Trukikaitis_Postimees, lk 38
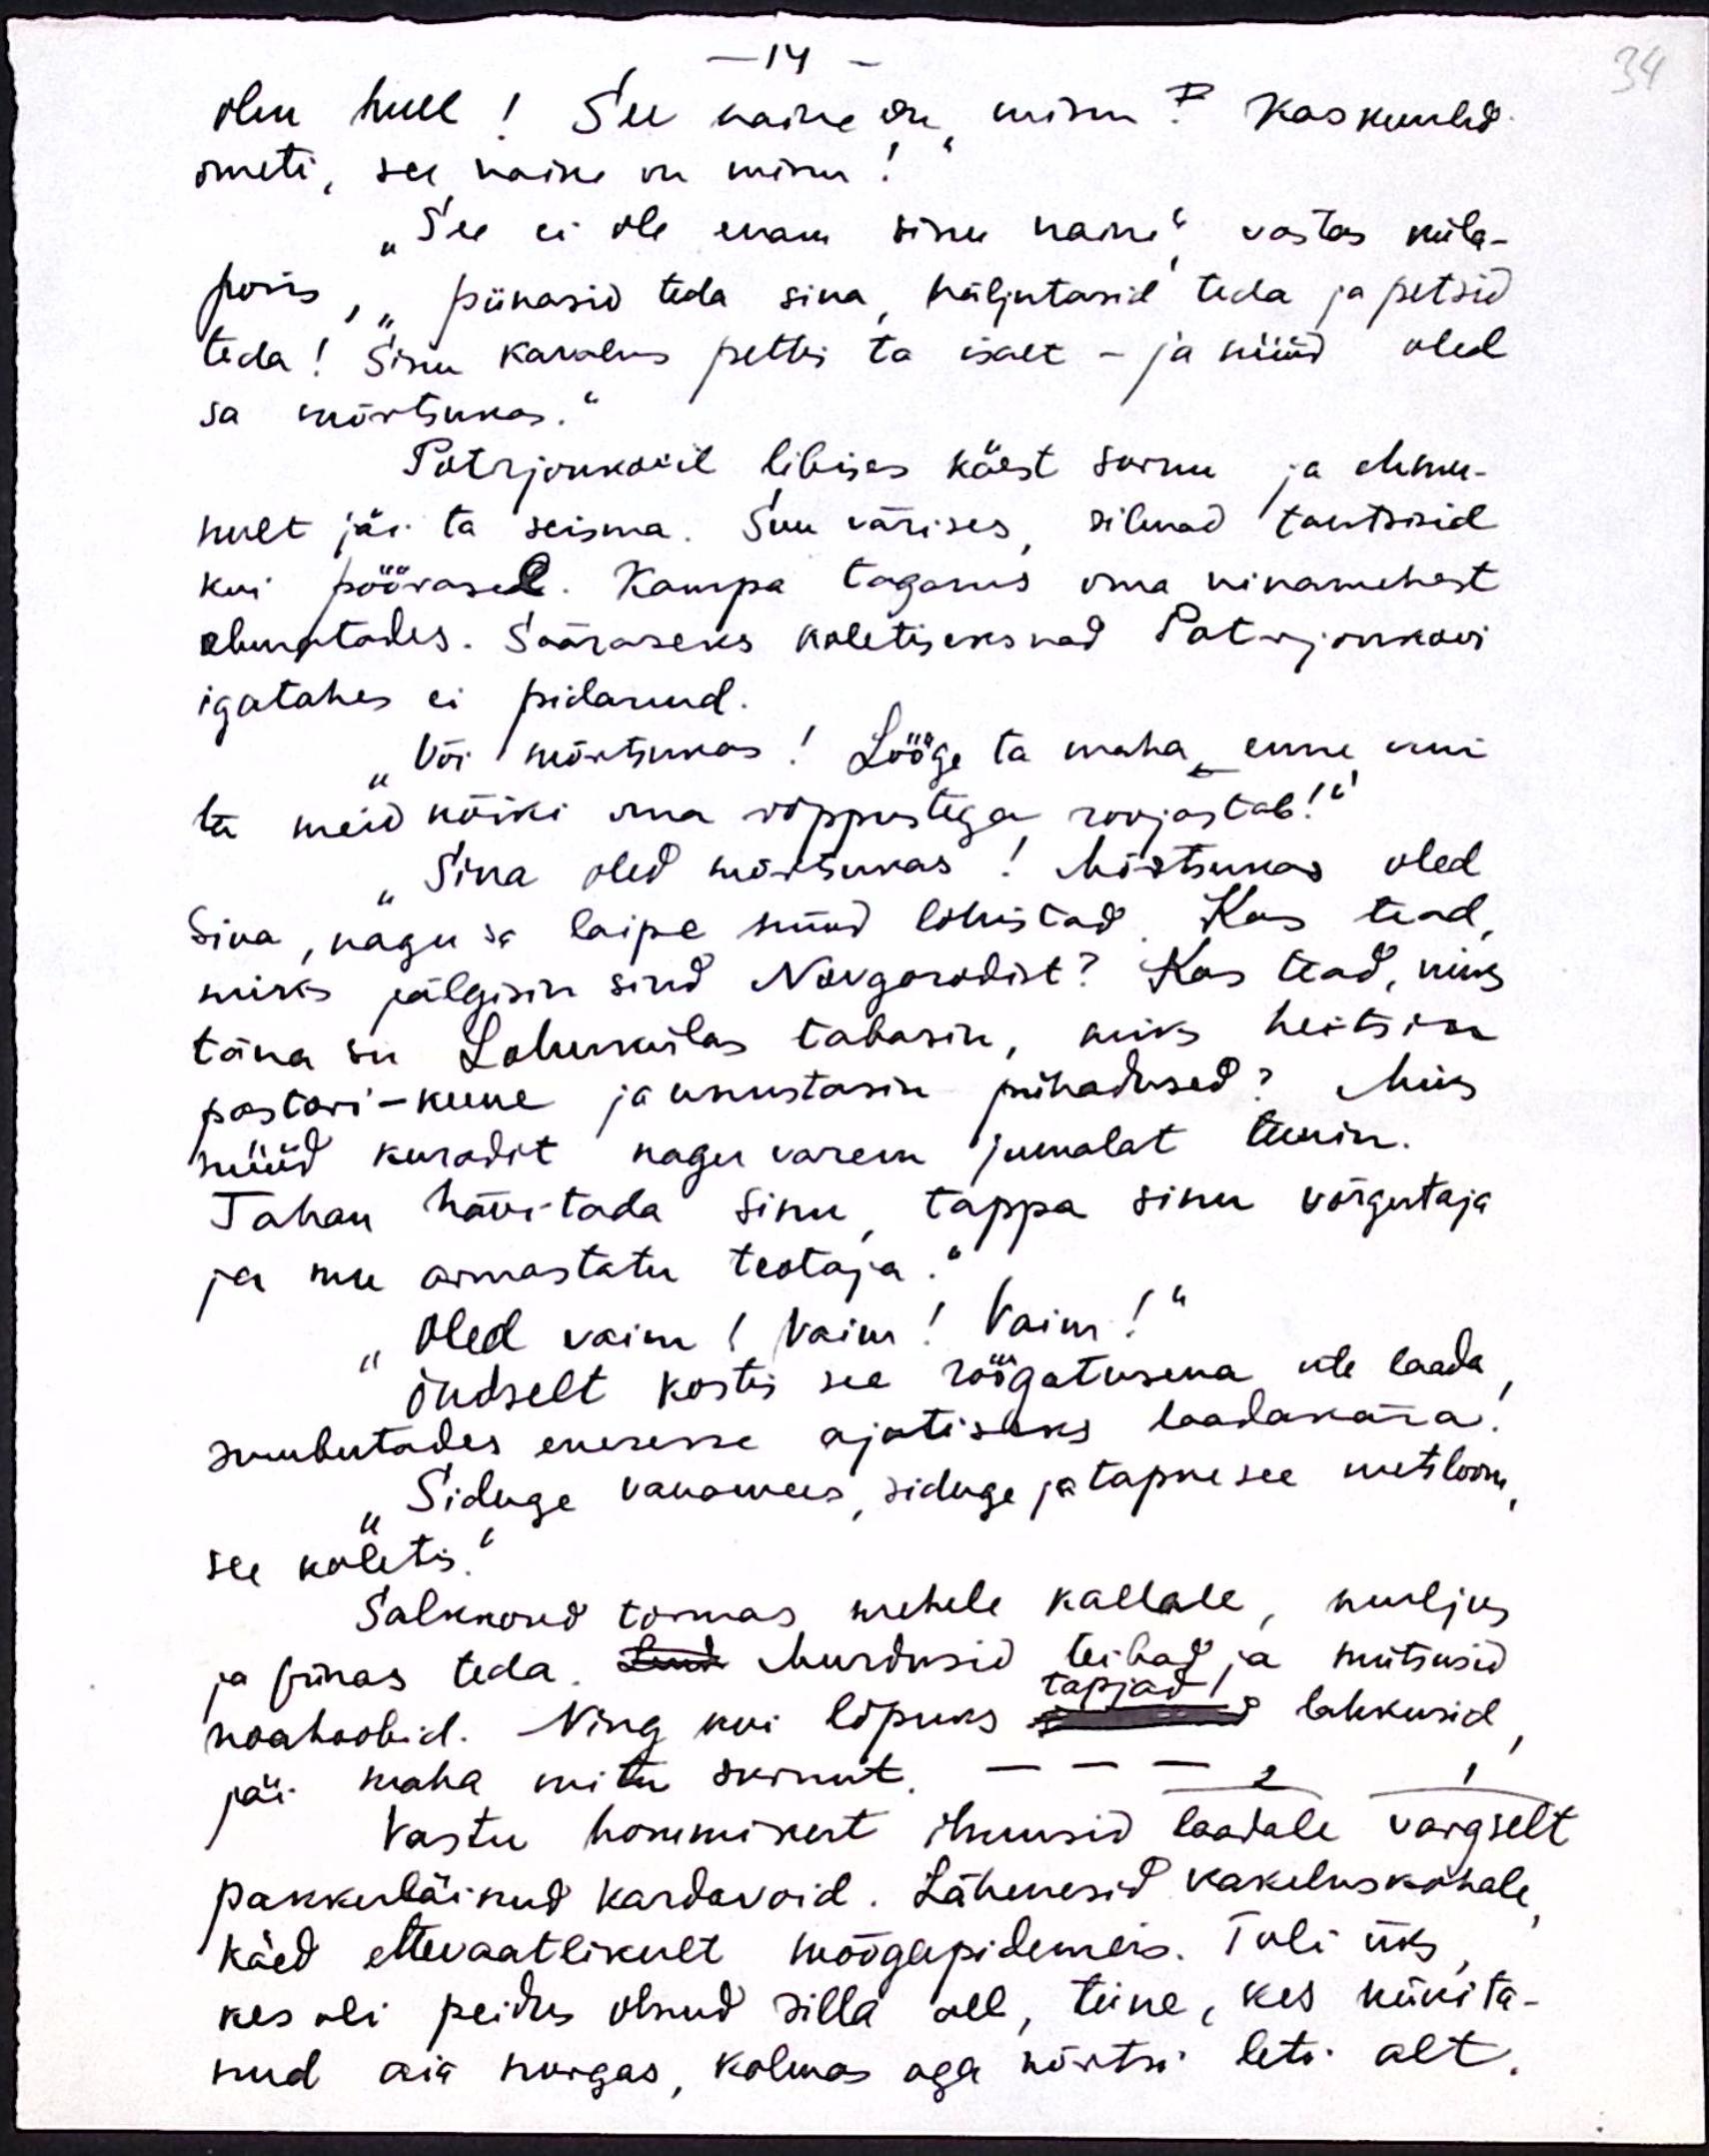
- 14
olen hull! See naine on minu? Kas kuuled
ometi, see naine on minu!
"See ei ole enam sinu naine" vastas küla-
poiss, "piinasid teda sina, näljutasid teda ja petsid
teda! Sinu kavalus pettis ta isalt - ja nüüd oled
sa mõrtsukas."
Potrjonkovil libises käest surnu ja ehmu-
nult jäi ta seisma. Suu värises, silmad tantsisid
kui pöörasel. Kampa taganes oma ninamehest
ehmatades. Sääraseks koletiseks nad Potrjonkovi
igatahes ei pidanud.
Või mõrtsukas! Lööge ta maha, enne kui
ta meid kõiki oma roppustega roojastab!"
Sina oled mõrtsukas! Mõrtsukas oled
Sina, nagu sa laipa nüüd lohistad. Kas tead,
miks jälgisin sind Novgorodist? Kas tead, miks
täna su Lohukülas tabasin, miks heitsin
pastori-kuue ja unustasin pühadused? Miks
nüüd kuradit nagu varem jumalat teenin.
Tahan hävitada sinu tappa sinu võrgutaja
ja mu armastatu teotaja.“
Oled vaim! Vaim! Vaim!“
Õudselt kostis see röögatusena üle laada
sumbutades enesesse ajutiseks laadakära!
Siduge vanamees siduge ja tapke see metsloom
see koletis."
Salkkond tormas mehele kallale, muljus
ja piinas teda. Luud Murdusid teibad ja mütsusid
noahoobid. Ning kui lõpuks alates lahkusid
tapjad
jäi maha mitu surnut.
2
1
Vastu hommikut ilmusid laadale vargselt
pakkuläinud kardavoid. Lähenesid kakeluskohale
käed ettevaatlikult mõõgapidemeis. Tuli üks
kes oli peidus olnud silla all, teine, kes kükita-
nud aia nurgas, kolmas aga kõrtsi leti alt.

34